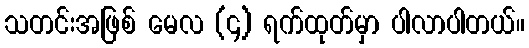
သတင်းအဖြစ် မေလ (၄) ရက်ထုတ်မှာ ပါလာပါတယ်။